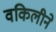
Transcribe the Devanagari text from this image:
वकिलीने